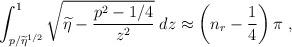
LaTeX: \begin{align*}\int_{ p/\widetilde{\eta}^{1/2} }^{1} \sqrt{\widetilde{\eta} - \frac{p^{2}-1/4}{z^{2}} }\; dz\approx\left(n_{r} -\frac{1}{4} \right) \pi\; ,\end{align*}